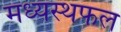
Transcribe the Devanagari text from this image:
मध्यस्थफल